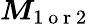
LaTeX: \boldsymbol{M}_{1\mathrm{~o~r~2~}}